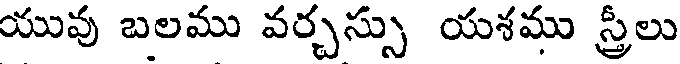
యువు బలము వర్చస్సు యశము స్త్రీలు